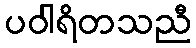
ပဝါရိတသညီ